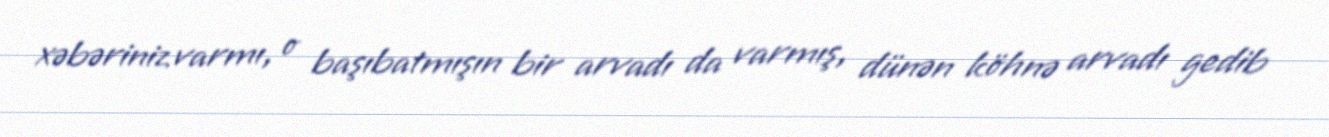
xəbəriniz varmı, o başıbatmışın bir arvadı da varmış, dünən köhnə arvadı gedib